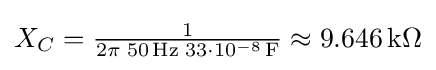
{\textstyle X_{C}={\frac {1}{2\pi \;50\,\mathrm {Hz} \;33\cdot 10^{-8}\,\mathrm {F} }}\approx 9.646\,\mathrm {k\Omega } }